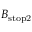
B _ { \mathrm { s t o p 2 } }